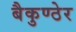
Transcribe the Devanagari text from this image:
बैकुण्ठेर